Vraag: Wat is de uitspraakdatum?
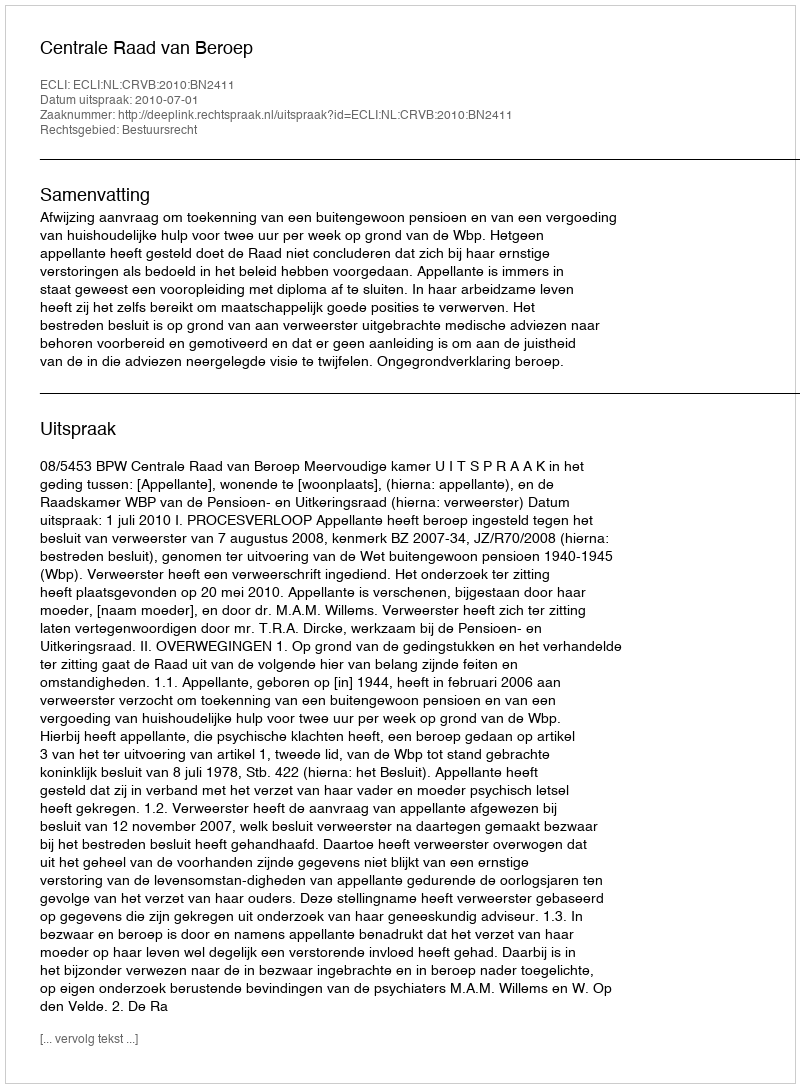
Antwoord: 2010-07-01